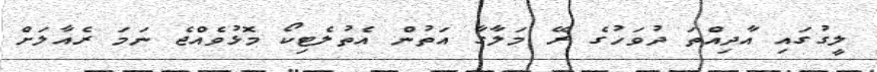
ލީގުގައި އާދިއްތަ ދުވަހުގެ ރޭ މަލާގާ އަތުން އެތުލެޓިކޯ މޮޅުވެއްޖެ ނަމަ ރެއާލަށް